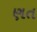
ણત